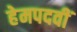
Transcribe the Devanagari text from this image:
हेमपदवीं